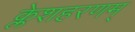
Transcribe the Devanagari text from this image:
क्लेशहरणम्